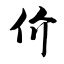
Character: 价